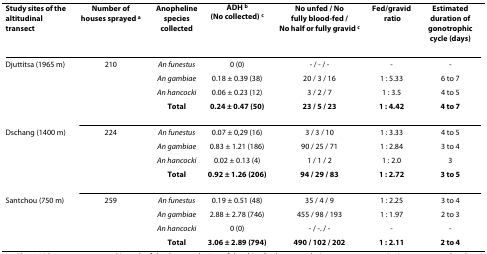
| Study sites of the altitudinal transect | Number of houses sprayed a | Anopheline species collected | ADH b (No collected) c | No unfed / No fully blood-fed / No half or fully gravid c | Fed/gravid ratio | Estimated duration of gonotrophic cycle (days) |
 | --- | --- | --- | --- | --- | --- | --- |
 | Djuttitsa (1965 m) | 210 | An funestus | 0 (0) | - / - / - | - | - |
 |  |  | An gambiae | 0.18 ± 0.39 (38) | 20 / 3 / 16 | 1 : 5.33 | 6 to 7 |
 |  |  | An hancocki | 0.06 ± 0.23 (12) | 3 / 2 / 7 | 1 : 3.5 | 4 to 5 |
 |  |  | Total | 0.24 ± 0.47 (50) | 23 / 5 / 23 | 1 : 4.42 | 4 to 7 |
 | Dschang (1400 m) | 224 | An funestus | 0.07 ± 0,29 (16) | 3 / 3 / 10 | 1 : 3.33 | 4 to 5 |
 |  |  | An gambiae | 0.83 ± 1.21 (186) | 90 / 25 / 71 | 1 : 2.84 | 3 to 4 |
 |  |  | An hancocki | 0.02 ± 0.13 (4) | 1 / 1 / 2 | 1 : 2.0 | 3 |
 |  |  | Total | 0.92 ± 1.26 (206) | 94 / 29 / 83 | 1 : 2.72 | 3 to 5 |
 | Santchou (750 m) | 259 | An funestus | 0.19 ± 0.51 (48) | 35 / 4 / 9 | 1 : 2.25 | 3 to 4 |
 |  |  | An gambiae | 2.88 ± 2.78 (746) | 455 / 98 / 193 | 1 : 1.97 | 2 to 3 |
 |  |  | An hancocki | 0 (0) | - / -. / - | - | - |
 |  |  | Total | 3.06 ± 2.89 (794) | 490 / 102 / 202 | 1 : 2.11 | 2 to 4 |